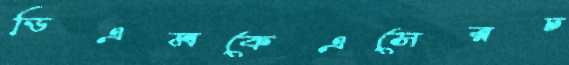
ডিএমকেএসেরচ